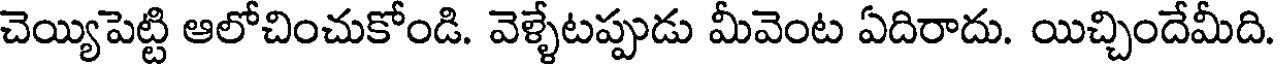
చెయ్యిపెట్టి ఆలోచించుకోండి. వెళ్ళేటప్పుడు మీవెంట ఏదిరాదు. యిచ్చిందేమీది